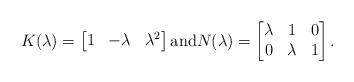
LaTeX: \begin{align*}K(\lambda) = \begin{bmatrix}1 & -\lambda & \lambda^2\end{bmatrix} \mbox{and} N(\lambda) = \begin{bmatrix}\lambda & 1 & 0 \\0 & \lambda & 1\end{bmatrix}.\end{align*}